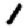
Digit: 1